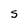
Character: S